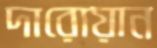
দারোয়ান